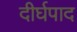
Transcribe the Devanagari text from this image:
दीर्घपाद